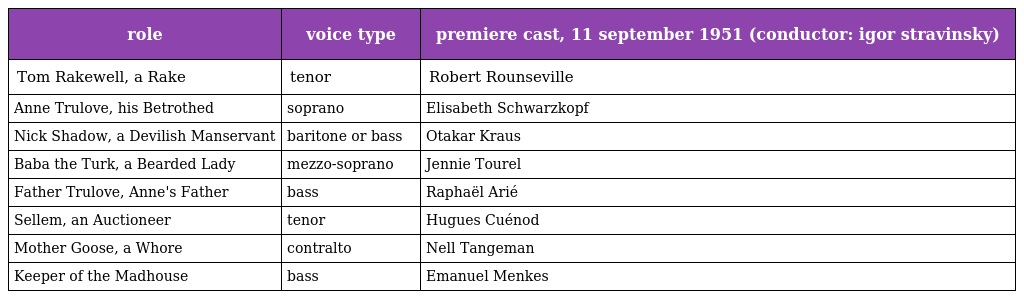
| role | voice type | premiere cast, 11 september 1951 (conductor: igor stravinsky) |
 | --- | --- | --- |
 | Tom Rakewell, a Rake | tenor | Robert Rounseville |
 | Anne Trulove, his Betrothed | soprano | Elisabeth Schwarzkopf |
 | Nick Shadow, a Devilish Manservant | baritone or bass | Otakar Kraus |
 | Baba the Turk, a Bearded Lady | mezzo-soprano | Jennie Tourel |
 | Father Trulove, Anne's Father | bass | Raphaël Arié |
 | Sellem, an Auctioneer | tenor | Hugues Cuénod |
 | Mother Goose, a Whore | contralto | Nell Tangeman |
 | Keeper of the Madhouse | bass | Emanuel Menkes |